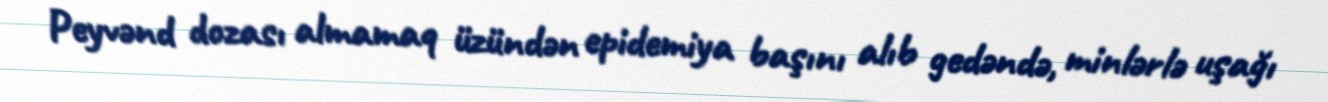
Peyvənd dozası almamaq üzündən epidemiya başını alıb gedəndə, minlərlə uşağı